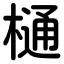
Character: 樋